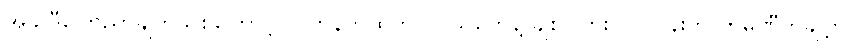
အခု ဒီကြေညာချက်သစ်ကြောင့် လက်နက်ထုတ်လုပ်သူတွေနဲ့ ချစ်ပ်ပြား လုပ်ငန်းက ကုမ္ပဏီတချို့ကို